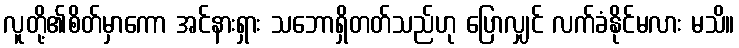
လူတို့၏စိတ်မှာကော အင်နားရှား သဘောရှိတတ်သည်ဟု ပြောလျှင် လက်ခံနိုင်မလား မသိ။